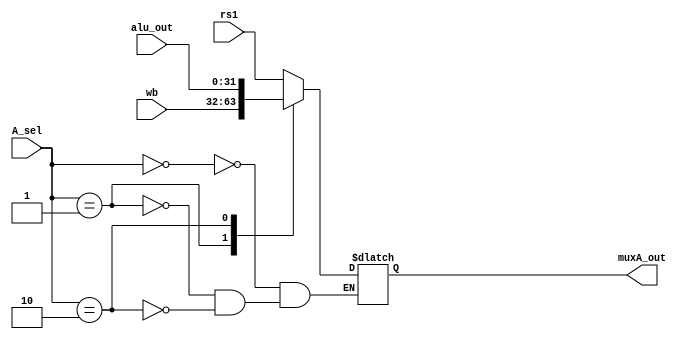
module mux_A (input [31:0] rs1, wb, alu_out,
              input [1:0] A_sel,
              output reg [31:0] muxA_out);
always @(A_sel, wb, alu_out, rs1) begin
  case (A_sel)
    2'b00: muxA_out= rs1;
    2'b01: muxA_out= wb;
    2'b10: muxA_out= alu_out;
    default:;
  endcase
end
endmodule